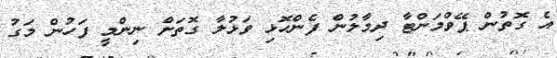
އެ ގޮތުން ޕޭވްމަންޓާ ދިމާލުން ފެންހޮޅި ވަޅުލާ ގޮތަށް ނިންމީ ފަހުން މަގު